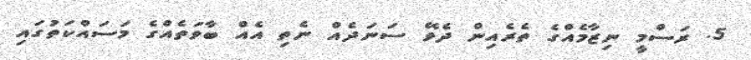
5. ރަސްމީ ނިޒާމެއްގެ ތެރެއިން ދެވޭ ސަނަދެއް ނެތި އެއް ބާވަތެއްގެ މަސައްކަތުގައި